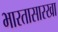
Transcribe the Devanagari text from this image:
भारतासारखा